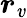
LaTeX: \boldsymbol{r}_{\mathit{v}}